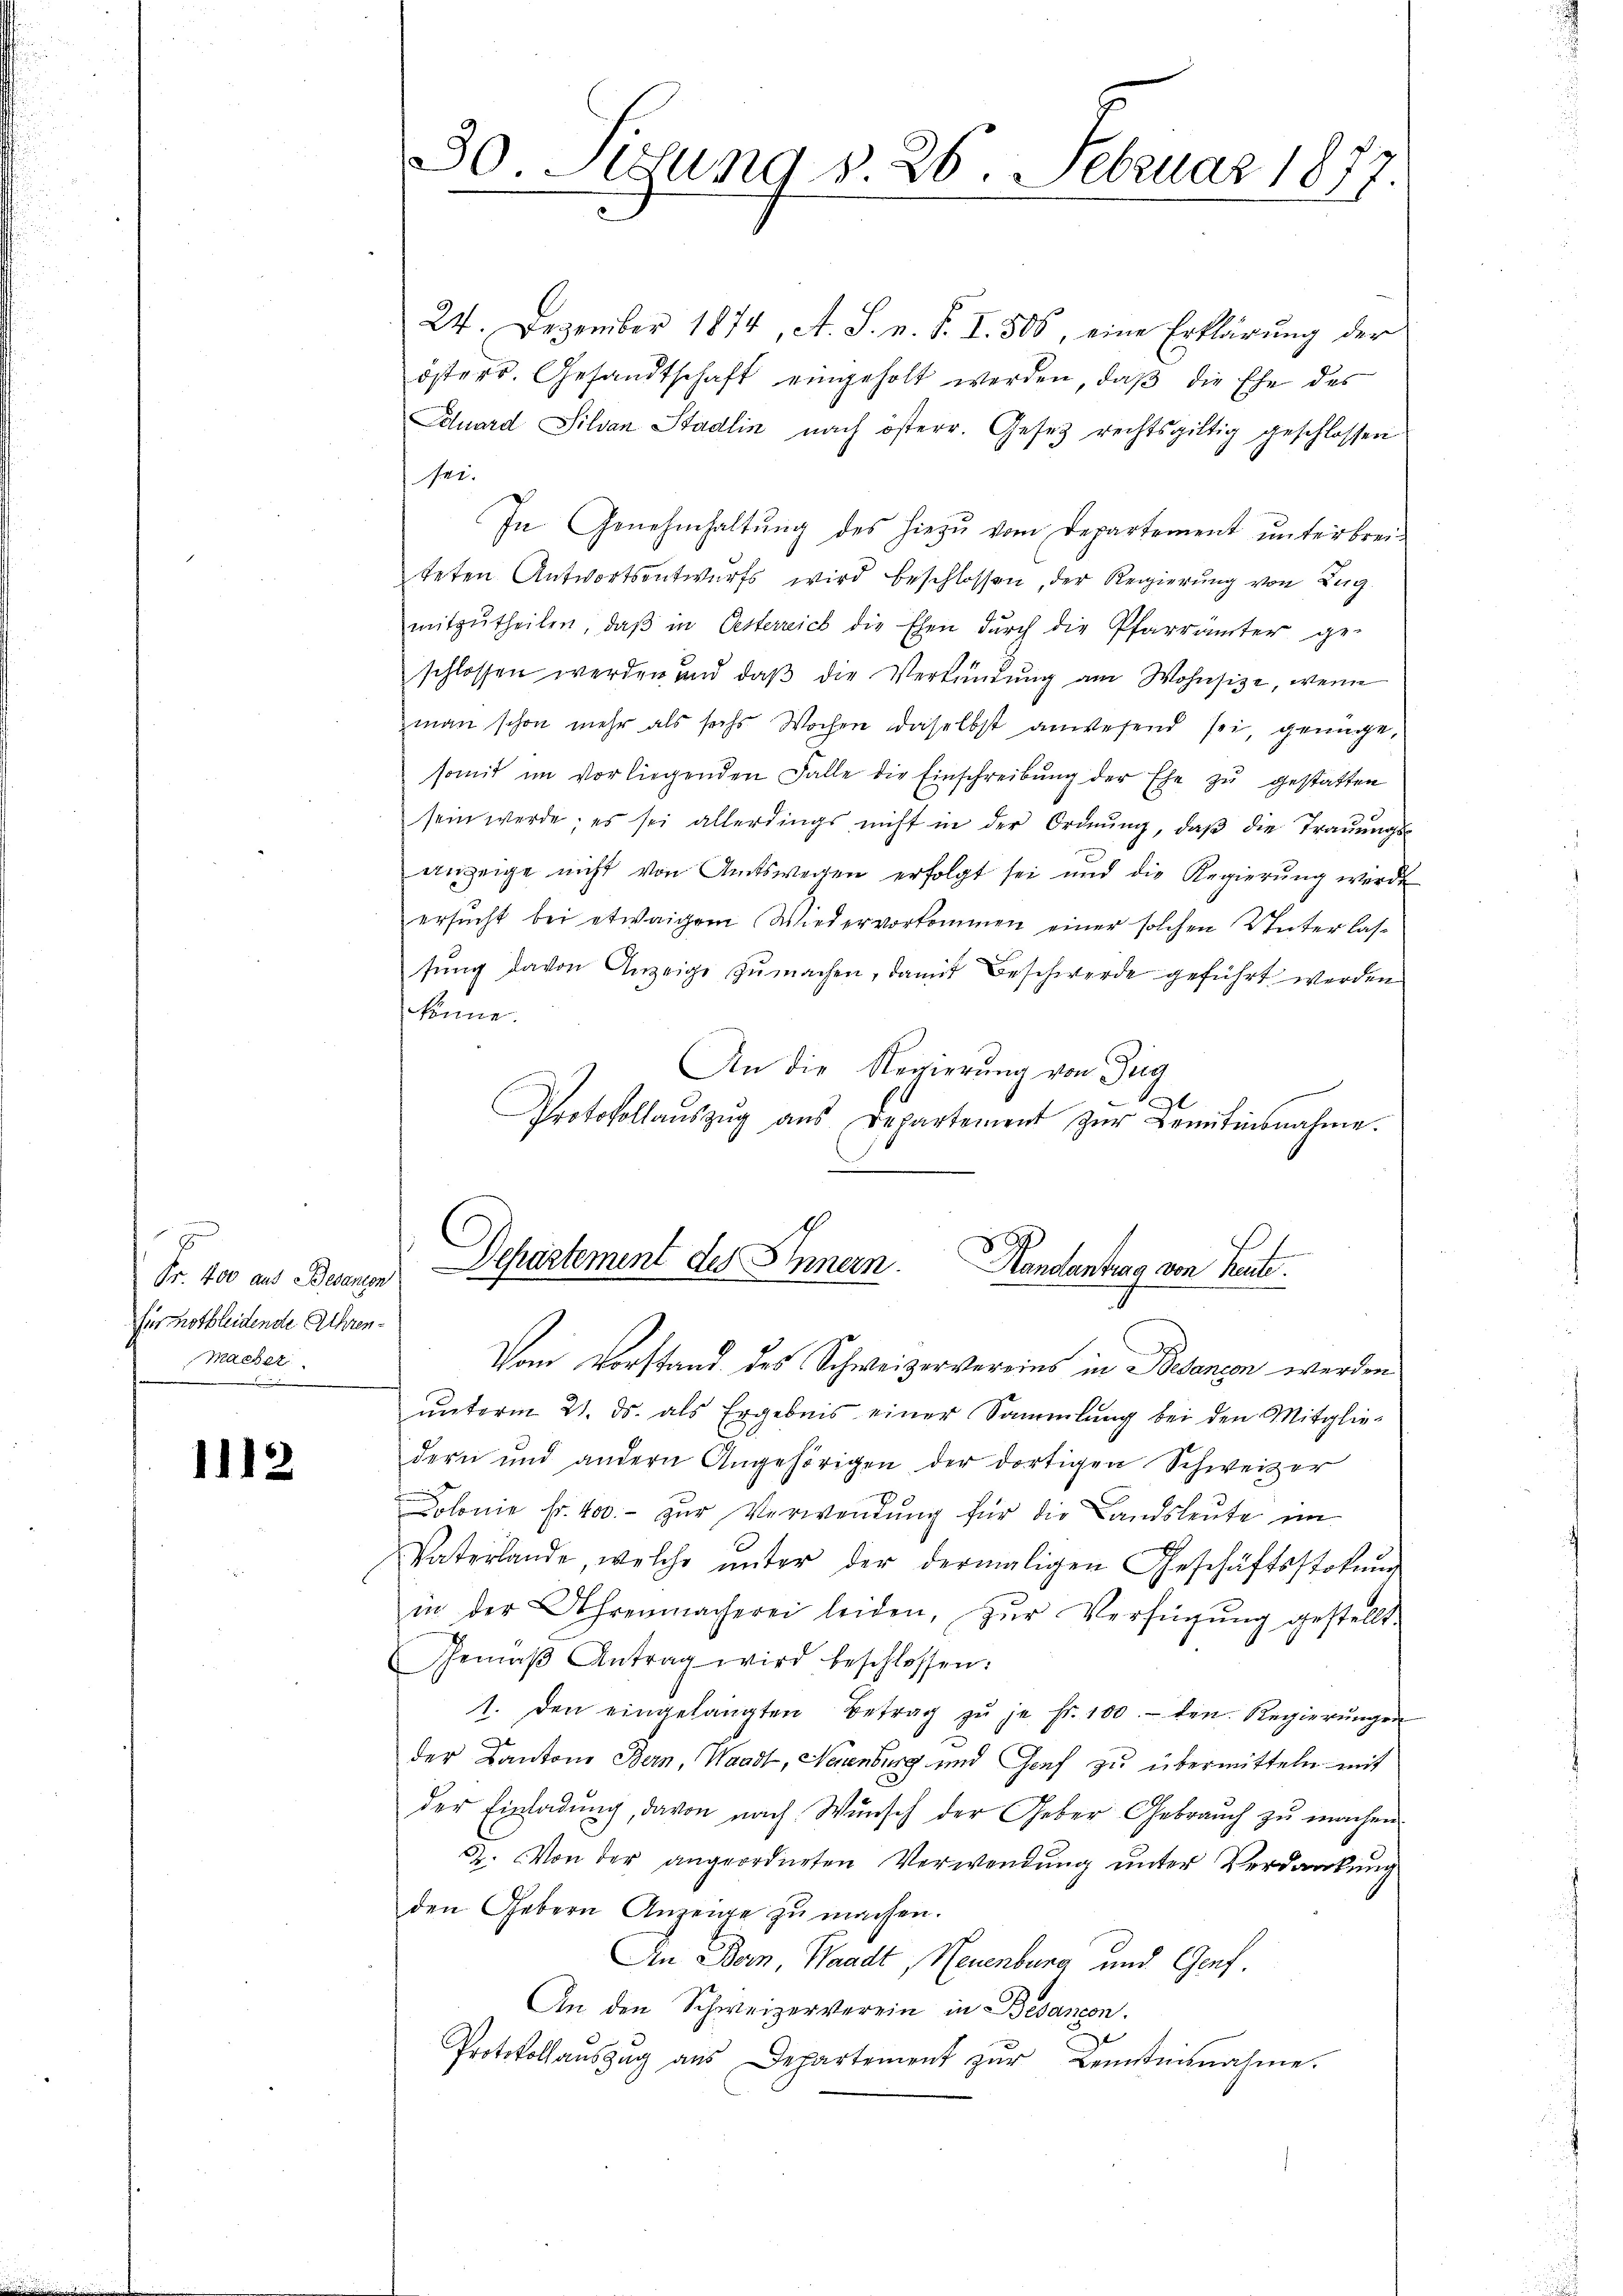
Fr. 400 aus Besamten
für nothleidende Ehren¬
Macher

1112

30. Jung § 26 Februar 1877.

24. Dezember 1874, A. S. v. P. I. 505, eine Erklärung der
österr. Gesandtschaft eingeholt werden, daβ die Ehe des
Eduard Silvan Stadlin nach österr. Gesetz rechtsgültig geschlossen
sei.
In Genehmhaltŭng des hiezu vom Departement ŭnterbrei-
teten Antwortsentwurfs wird beschlossen, der Regierung von Zug
mitzŭtheilen, daβ in Oesterreich die Ehen dŭrch die Pfarrämter ge-
schlossen werden und daβ die Verkündung am Wohnsitze, wenn
man schon mehr als sechs Wochen daselbst anwesend sei, genüge,
somit im vorliegenden Falle die Einschreibŭng der Ehe zŭ gestatten
sein werde; es sei allerdings nicht in der Ordnŭng, daβ die Trauungs-
anzeige nicht von Amtswegen erfolgt sei und die Regierŭng werde
ersucht bei etwaigem Wiedervorkommen einer solchen Unter lasfung davon Anzeige zŭ machen, damit Beschwerde geführt werden
könne.
An die Regierung von Zug
Protokollaŭszŭg aŭs Departement zŭr Bemitinsnahme.
Departement des Innern. Handantrag von heute
Vom Vorstand des Schweizervereins in Bedenen werden
unterm 21. ds. als Ergebnis einer Sammlung bei den Mitgliedern und andern Angehörigen der dortigen Schweizer
Dolonie fr. 400.- zŭr Verwendŭng für die Landsleute in
Vaterlande welche ŭnter der dermaligen Geschäftsstokŭng
in der Uhrenmacherei leiden, zŭr Verfügŭng gestellt.
Gemäβ Antrag wird beschlossen:
1. den eingelangten Betrag zŭ je fr. 100.- den Regierŭngen
der Kantone Bern, Waadt, Neuenburg und Genf zu übermitteln mit
der Einladung, davon nach Wunsch der Geber Gebrauch zu machen.
2. Von der angeordneten Verwendung unter Verdankung
den Gebern Anzeige zu machen.
An Bern Waadt, Neuenburg und Genf.
An den Schweizerverein in Besandon.
Protokollaŭszŭg aŭs Departement zŭr Leisternahme.